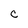
Character: C